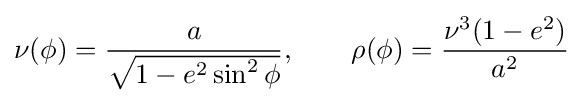
\nu (\phi )={\frac {a}{\sqrt {1-e^{2}\sin ^{2}\phi }}},\qquad \rho (\phi )={\frac {\nu ^{3}(1-e^{2})}{a^{2}}}